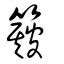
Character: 簸